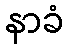
နာခံ